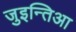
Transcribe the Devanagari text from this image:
जुइन्तिआ